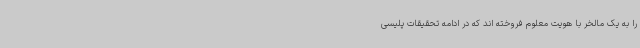
را به یک مالخر با هویت معلوم فروخته اند که در ادامه تحقیقات پلیسی